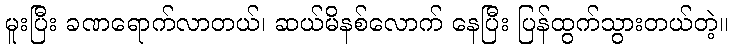
မူးပြီး ခဏရောက်လာတယ်၊ ဆယ်မိနစ်လောက် နေပြီး ပြန်ထွက်သွားတယ်တဲ့။